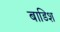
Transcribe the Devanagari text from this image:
बाडिश